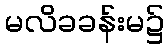
မလိခခန်းမ၌